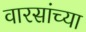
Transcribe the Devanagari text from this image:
वारसांच्या